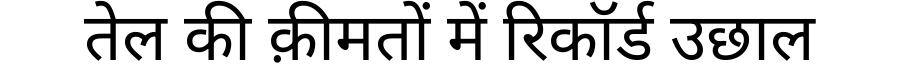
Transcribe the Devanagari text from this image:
तेल की क़ीमतों में रिकॉर्ड उछाल